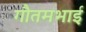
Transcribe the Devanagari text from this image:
गौतमभाई